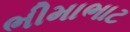
ભીમાભાટ